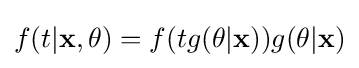
f(t|\mathbf {x} ,\mathbf {\theta } )=f(tg(\mathbf {\theta } |\mathbf {x} ))g(\mathbf {\theta } |\mathbf {x} )